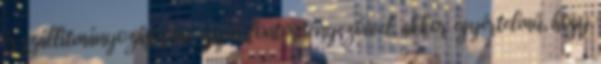
és szállítmányozási piac egyéb fontos tényezőivel, akkor egyértelmű, hogy